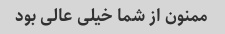
ممنون از شما خیلی عالی بود